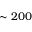
\sim 2 0 0